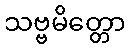
သဗ္ဗမိတ္တော